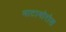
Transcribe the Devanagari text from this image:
माटामोरोस